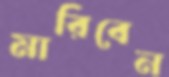
মারিবেন